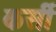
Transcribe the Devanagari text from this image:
कर्सी